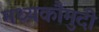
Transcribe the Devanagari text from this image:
मध्यकौमुदी